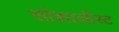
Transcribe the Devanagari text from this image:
सोशालीस्ट